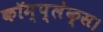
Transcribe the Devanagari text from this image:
कॉम्प्लेक्स।